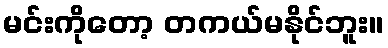
မင်းကိုတော့ တကယ်မနိုင်ဘူး။